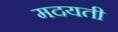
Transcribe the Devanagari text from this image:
मदयती